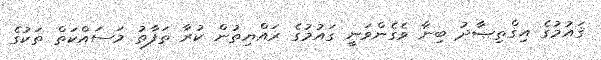
ޤައުމުގެ އިޤްތިޞާދު ބިނާ ވެގެންވަނީ ގައުމުގެ ރައްޔިތުން ކުރާ ތަފާތު މަސައްކަތް ތަކުގެ